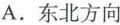
A.东北方向